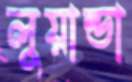
লুয়ান্ডা